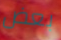
بعض